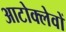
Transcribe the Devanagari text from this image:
आटोक्लेवों